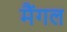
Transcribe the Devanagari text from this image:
मैंगल